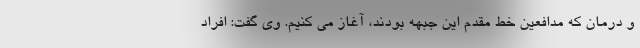
و درمان که مدافعین خط مقدم این جبهه بودند، آغاز می کنیم. وی گفت: افراد